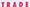
TRADI